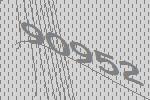
90952